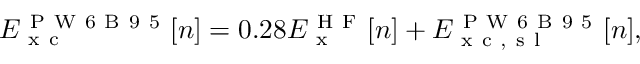
E _ { \mathrm { ~ x ~ c ~ } } ^ { \mathrm { ~ P ~ W ~ 6 ~ B ~ 9 ~ 5 ~ } } [ n ] = 0 . 2 8 E _ { \mathrm { ~ x ~ } } ^ { \mathrm { ~ H ~ F ~ } } [ n ] + E _ { \mathrm { ~ x ~ c ~ , ~ s ~ l ~ } } ^ { \mathrm { ~ P ~ W ~ 6 ~ B ~ 9 ~ 5 ~ } } [ n ] ,